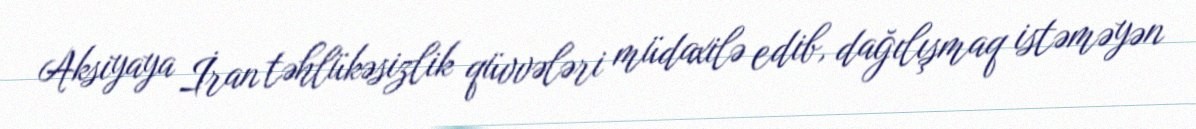
Aksiyaya İran təhlükəsizlik qüvvələri müdaxilə edib, dağılışmaq istəməyən